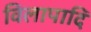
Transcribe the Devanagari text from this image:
विलापादि